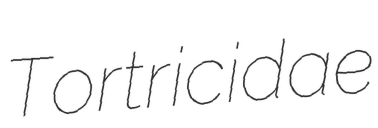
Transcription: Tortricidae